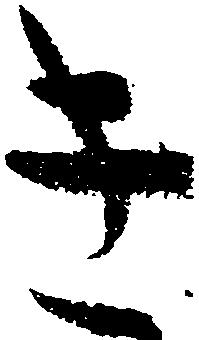
き